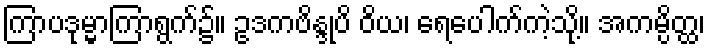
ကြာပဒုမ္မာကြာရွက်၌။ ဥဒကဗိန္ဒုပိ ဝိယ၊ ရေပေါက်ကဲ့သို့။ အကမ္ပိတ္ထ၊